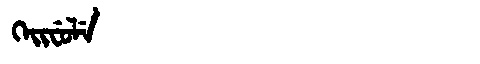
Manchu: ᡴᡝᡳᠸᡠᠯᡝ
Romanization: KEIFULE